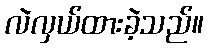
လဲလှယ်ထားခဲ့သည်။